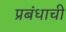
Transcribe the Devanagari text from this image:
प्रबंधाची